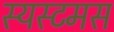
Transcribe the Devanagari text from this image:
स्यस्टमस